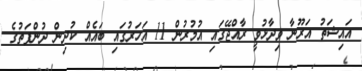
އައިޝަތު އަރޫނާ ވިދާޅުވީ ރާއްޖޭގައި އުމުުރުން 11 އަހަރުގައި ބައެއް ކުދިން ދުންފަތުގެ